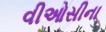
વીઓસીના